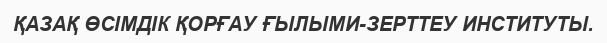
ҚАЗАҚ ӨСІМДІК ҚОРҒАУ ҒЫЛЫМИ-ЗЕРТТЕУ ИНСТИТУТЫ.